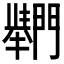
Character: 𲈴